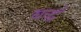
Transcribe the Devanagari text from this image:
बद्धं